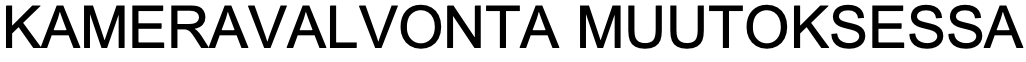
KAMERAVALVONTA     MUUTOKSESSA